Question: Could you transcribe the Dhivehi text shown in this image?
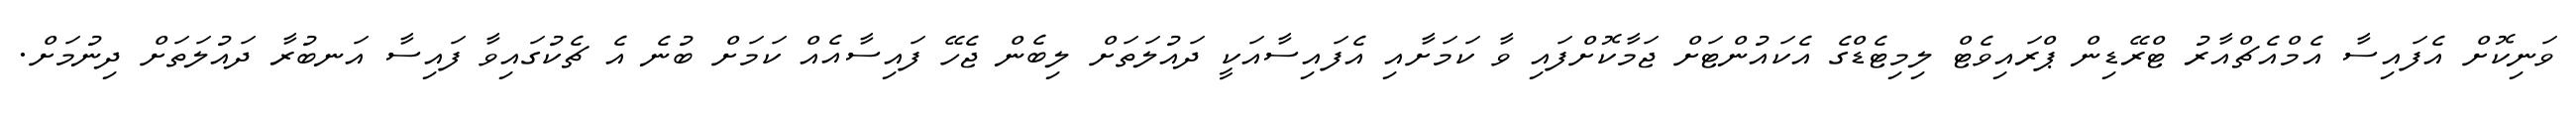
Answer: ވަނިކޮށް އެފައިސާ އެމްއެޗްއާރު ޓްރޭޑިން ޕްރައިވެޓް ލިމިޓެޑްގެ އެކައުންޓަށް ޖަމާކޮށްފައި ވާ ކަމަށާއި އެފައިސާއަކީ ދައުލަތަށް ލިބެން ޖެހޭ ފައިސާއެއް ކަމަށް ބުނެ އެ ޗެކުގައިވާ ފައިސާ އަނބުރާ ދައުލަތަށް ދިނުމަށް.